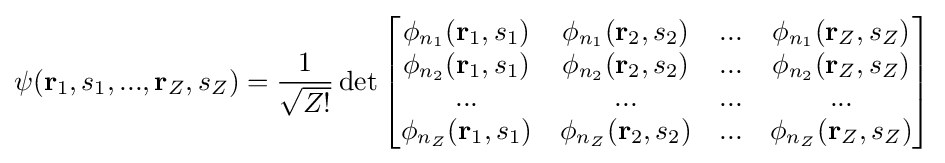
\psi (\mathbf {r} _{1},s_{1},...,\mathbf {r} _{Z},s_{Z})={\frac {1}{\sqrt {Z!}}}\det {\begin{bmatrix}\phi _{n_{1}}(\mathbf {r} _{1},s_{1})&\phi _{n_{1}}(\mathbf {r} _{2},s_{2})&...&\phi _{n_{1}}(\mathbf {r} _{Z},s_{Z})\\\phi _{n_{2}}(\mathbf {r} _{1},s_{1})&\phi _{n_{2}}(\mathbf {r} _{2},s_{2})&...&\phi _{n_{2}}(\mathbf {r} _{Z},s_{Z})\\...&...&...&...\\\phi _{n_{Z}}(\mathbf {r} _{1},s_{1})&\phi _{n_{Z}}(\mathbf {r} _{2},s_{2})&...&\phi _{n_{Z}}(\mathbf {r} _{Z},s_{Z})\end{bmatrix}}